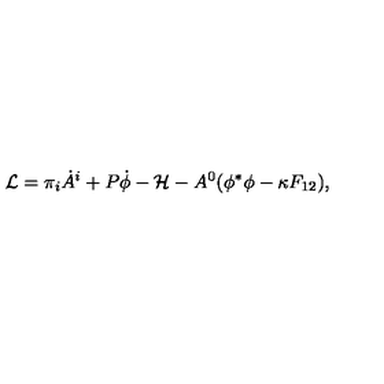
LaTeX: { \cal L } = \pi _ { i } \dot { A } ^ { i } + P \dot { \phi } - { \cal H } - A ^ { 0 } ( \phi ^ { * } \phi - \kappa F _ { 1 2 } ) ,